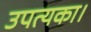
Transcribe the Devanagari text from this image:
उपत्यका।